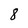
Character: 8